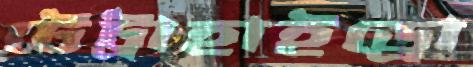
টেট্রাহাইড্রো